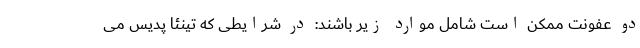
دو عفونت ممکن است شامل موارد زیر باشند: در شرایطی که تینئا پدیس می